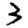
Digit: 3